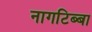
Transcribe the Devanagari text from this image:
नागटिब्बा